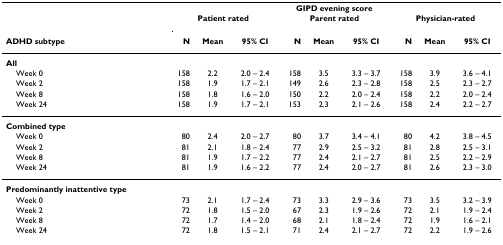
|  | <COLSPAN=9> GIPD evening score |
 |  | <COLSPAN=3> Patient rated | <COLSPAN=3> Parent rated | <COLSPAN=3> Physician-rated |
 | ADHD subtype | N | Mean | 95% CI | N | Mean | 95% CI | N | Mean | 95% CI |
 | --- | --- | --- | --- | --- | --- | --- | --- | --- | --- |
 | All |  |  |  |  |  |  |  |  |  |
 | Week 0 | 158 | 2.2 | 2.0 – 2.4 | 158 | 3.5 | 3.3 – 3.7 | 158 | 3.9 | 3.6 – 4.1 |
 | Week 2 | 158 | 1.9 | 1.7 – 2.1 | 149 | 2.6 | 2.3 – 2.8 | 158 | 2.5 | 2.3 – 2.7 |
 | Week 8 | 158 | 1.8 | 1.6 – 2.0 | 150 | 2.2 | 2.0 – 2.4 | 158 | 2.2 | 2.0 – 2.4 |
 | Week 24 | 158 | 1.9 | 1.7 – 2.1 | 153 | 2.3 | 2.1 – 2.6 | 158 | 2.4 | 2.2 – 2.7 |
 | Combined type |  |  |  |  |  |  |  |  |  |
 | Week 0 | 80 | 2.4 | 2.0 – 2.7 | 80 | 3.7 | 3.4 – 4.1 | 80 | 4.2 | 3.8 – 4.5 |
 | Week 2 | 81 | 2.1 | 1.8 – 2.4 | 77 | 2.9 | 2.5 – 3.2 | 81 | 2.8 | 2.5 – 3.1 |
 | Week 8 | 81 | 1.9 | 1.7 – 2.2 | 77 | 2.4 | 2.1 – 2.7 | 81 | 2.5 | 2.2 – 2.9 |
 | Week 24 | 81 | 1.9 | 1.6 – 2.2 | 77 | 2.4 | 2.0 – 2.7 | 81 | 2.6 | 2.3 – 3.0 |
 | Predominantly inattentive type |  |  |  |  |  |  |  |  |  |
 | Week 0 | 73 | 2.1 | 1.7 – 2.4 | 73 | 3.3 | 2.9 – 3.6 | 73 | 3.5 | 3.2 – 3.9 |
 | Week 2 | 72 | 1.8 | 1.5 – 2.0 | 67 | 2.3 | 1.9 – 2.6 | 72 | 2.1 | 1.9 – 2.4 |
 | Week 8 | 72 | 1.7 | 1.4 – 2.0 | 68 | 2.1 | 1.8 – 2.4 | 72 | 1.9 | 1.6 – 2.1 |
 | Week 24 | 72 | 1.8 | 1.5 – 2.1 | 71 | 2.4 | 2.1 – 2.7 | 72 | 2.2 | 1.9 – 2.6 |